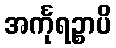
အင်္ကုရဉ္စာပိ